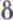
8